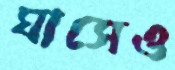
ঘাসেও